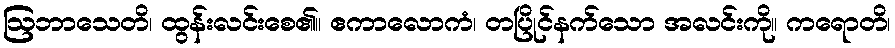
ဩဘာသေတိ၊ ထွန်းလင်းစေ၏။ ဧကာလောကံ၊ တပြိုင်နက်သော အလင်းကို။ ကရောတိ၊